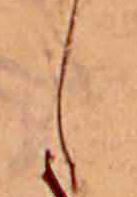
し